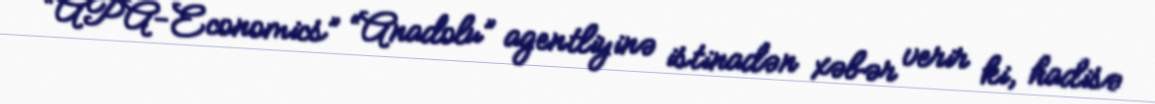
“APA-Economics” “Anadolu” agentliyinə istinadən xəbər verir ki, hadisə